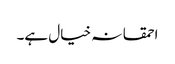
احمقانہ خیال ہے۔